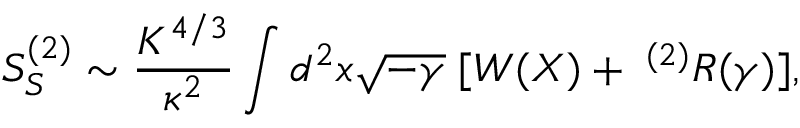
S _ { S } ^ { ( 2 ) } \sim \frac { K ^ { 4 / 3 } } { \kappa ^ { 2 } } \int d ^ { 2 } x \sqrt { - \gamma } \; [ W ( X ) + \; ^ { ( 2 ) } R ( \gamma ) ] ,